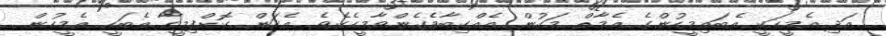
އަދި އެމީހަކީ އެބައިމީހުންގެ އެމާތް މަގުން އެއްކިބާވެގެންވާމީހެކެވެ. އެކަން ކޮށްފިމީހާ އެބަހީ އެމީހުން